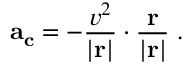
\mathbf { a _ { c } } = - { \frac { v ^ { 2 } } { | \mathbf { r } | } } \cdot { \frac { \mathbf { r } } { | \mathbf { r } | } } \; .